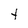
Character: t